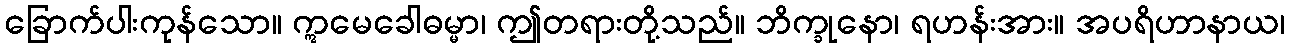
ခြောက်ပါးကုန်သော။ ဣမေခေါဓမ္မာ၊ ဤတရားတို့သည်။ ဘိက္ခုနော၊ ရဟန်းအား။ အပရိဟာနာယ၊